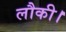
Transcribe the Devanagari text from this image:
लौकी।